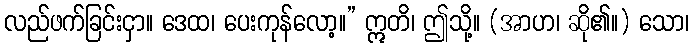
လည်ဖက်ခြင်းငှာ။ ဒေထ၊ ပေးကုန်လော့။” ဣတိ၊ ဤသို့။ (အာဟ၊ ဆို၏။) သော၊